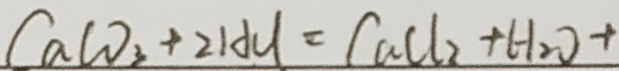
C a C O _ { 3 } + 2 H u = C a C l _ { 2 } + H _ { 2 } O +